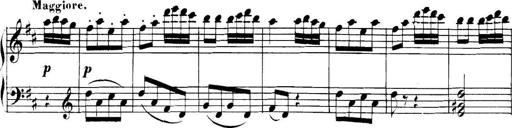
Title: Collected Piano Sonatas
Composer: Muzio Clementi